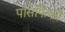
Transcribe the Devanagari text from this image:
पसिफिको